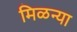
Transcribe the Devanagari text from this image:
मिळन्या